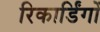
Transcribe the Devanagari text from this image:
रिकार्डिंगों